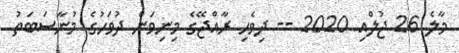
މާލެ 26 ޖުލްއި 2020 -- ދިވެހި ރާއްޖޭގެ މިނިވަން ދުވަހުގެ މުނާސަބަތު